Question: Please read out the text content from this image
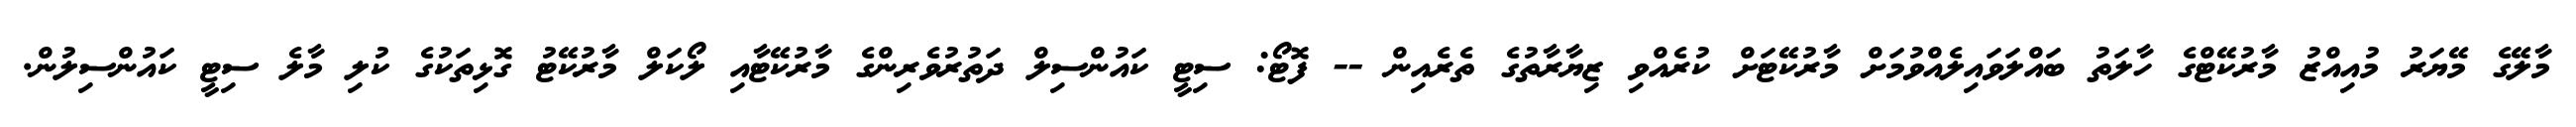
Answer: މާލޭގެ މޭޔަރު މުއިއްޒު މާރުކޭޓްގެ ހާލަތު ބައްލަވައިލެއްވުމަށް މާރުކޭޓަށް ކުރެއްވި ޒިޔާރާތުގެ ތެރެއިން -- ފޮޓޯ: ސިޓީ ކައުންސިލް ދަތުރުވެރިންގެ މާރުކޭޓާއި ލޯކަލް މާރުކޭޓު ގޮޅިތަކުގެ ކުލި މާލެ ސިޓީ ކައުންސިލުން.